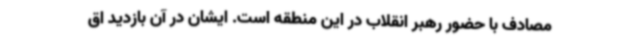
مصادف با حضور رهبر انقلاب در این منطقه است. ایشان در آن بازدید اق